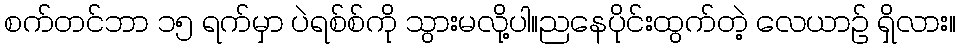
စက်တင်ဘာ ၁၅ ရက်မှာ ပဲရစ်စ်ကို သွားမလို့ပါ။ညနေပိုင်းထွက်တဲ့ လေယာဉ် ရှိလား။